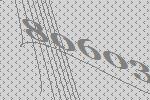
80603